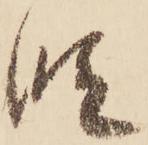
段